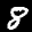
Label: 8